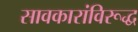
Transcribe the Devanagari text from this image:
सावकारांविरूद्ध